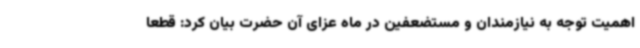
اهمیت توجه به نیازمندان و مستضعفین در ماه عزای آن حضرت بیان کرد: قطعا